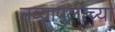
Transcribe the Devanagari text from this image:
नव्यापुलाच्या